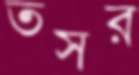
তসর